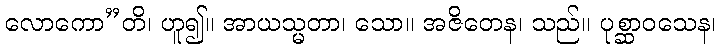
လောကော”တိ၊ ဟူ၍။ အာယသ္မတာ၊ သော။ အဇိတေန၊ သည်။ ပုစ္ဆာဝသေန၊